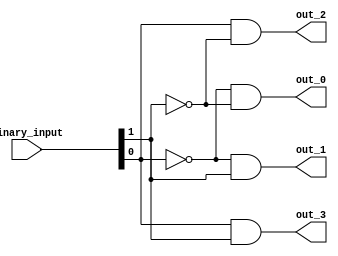
module binary_decoder_2bit (
    input [1:0] binary_input,
    output wire out_0,
    output wire out_1,
    output wire out_2,
    output wire out_3
);

assign out_0 = ~binary_input[0] & ~binary_input[1];
assign out_1 = ~binary_input[0] & binary_input[1];
assign out_2 = binary_input[0] & ~binary_input[1];
assign out_3 = binary_input[0] & binary_input[1];

endmodule